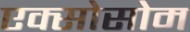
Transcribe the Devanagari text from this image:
एक्सोसोम